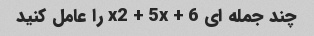
چند جمله ای x2 + 5x + 6 را عامل کنید